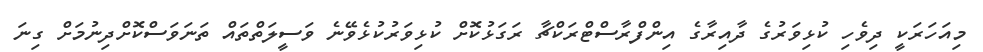
މިއަހަރަކީ ދިވެހި ކުޅިވަރުގެ ދާއިރާގެ އިންފްރާސްޓްރަކްޗާ ރަގަޅުކޮށް ކުޅިވަރުކުޅެވޭނެ ވަސީލަތްތައް ތަނަވަސްކޮށްދިނުމަށް ގިނަ